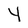
Character: Y